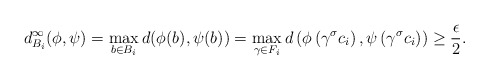
\begin{align*} d^\infty_{B_i}(\phi,\psi) = \max_{b \in B_i} d(\phi(b),\psi(b)) = \max_{\gamma \in F_i} d\left(\phi\left(\gamma^\sigma c_i\right),\psi \left(\gamma^\sigma c_i \right) \right) \geq \frac{\epsilon}{2}. \end{align*}